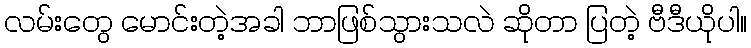
လမ်းတွေ မောင်းတဲ့အခါ ဘာဖြစ်သွားသလဲ ဆိုတာ ပြတဲ့ ဗီဒီယိုပါ။